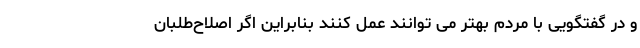
و در گفتگویی با مردم بهتر می توانند عمل کنند بنابراین اگر اصلاح‌طلبان